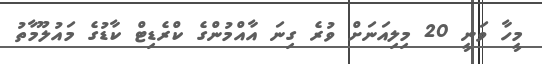
މީހާ ވަނީ 20 މިލިއަނަށް ވުރެ ގިނަ އާއްމުންގެ ކްރެޑިޓް ކާޑުގެ މައުލޫމާތު